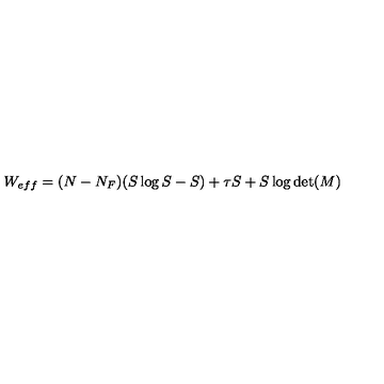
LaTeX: W _ { e f f } = ( N - N _ { F } ) ( S \log S - S ) + \tau S + S \log \det ( M )